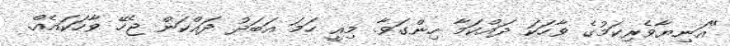
"އަނިޔާވެރިކަމުގެ ވާހަކަ ދައްކަމާ ހިންގަވާ. މިއީ ހަމަ އަބަދު ދައްކަން ޖެހޭ ވާހަކައެއް.